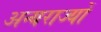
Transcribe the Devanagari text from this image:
अन्यराज्यों